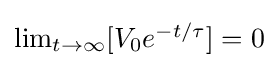
{\textstyle \lim _{t\to \infty }[V_{0}e^{-t/\tau }]=0}